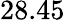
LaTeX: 28.45